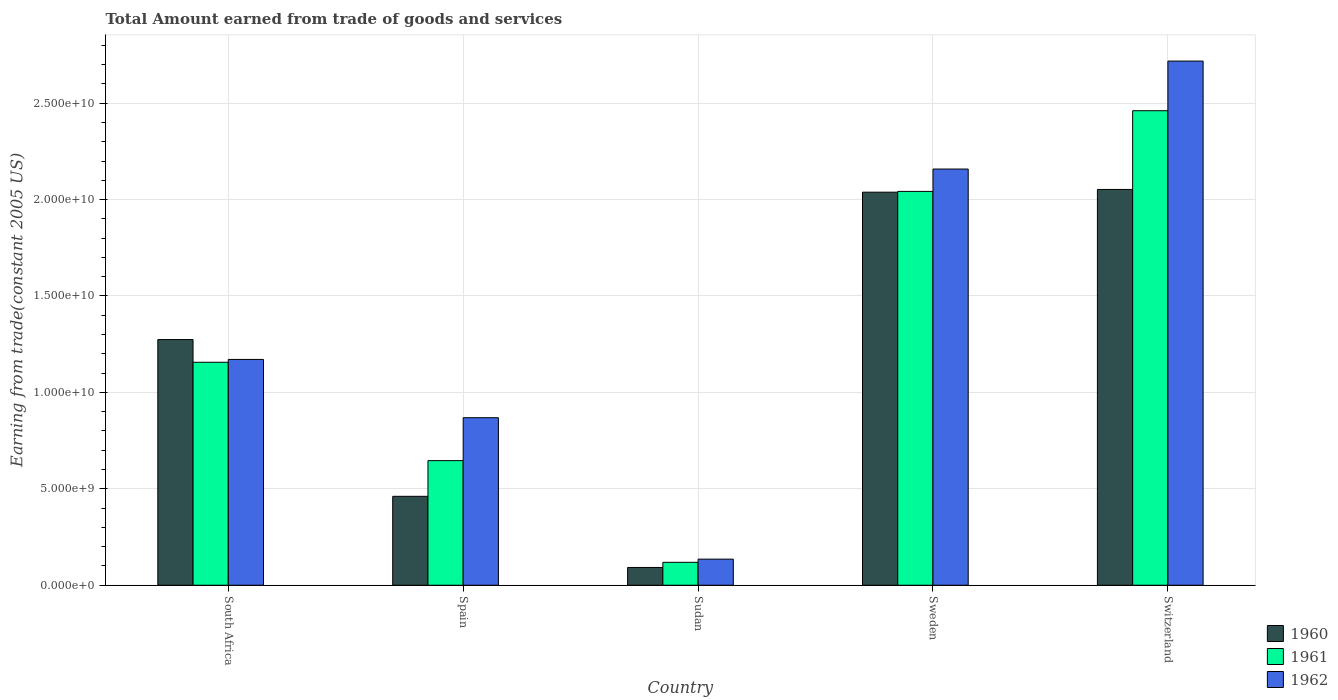
| Country | 1960 | 1961 | 1962 |
 | --- | --- | --- | --- |
 | South Africa | 1.27e+10 | 1.16e+10 | 1.17e+10 |
 | Spain | 4.61e+09 | 6.46e+09 | 8.69e+09 |
 | Sudan | 9.22e+08 | 1.19e+09 | 1.35e+09 |
 | Sweden | 2.04e+10 | 2.04e+10 | 2.16e+10 |
 | Switzerland | 2.05e+10 | 2.46e+10 | 2.72e+10 |